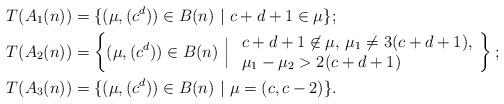
LaTeX: \begin{align*} &T(A_1(n))=\{(\mu,(c^d))\in B(n) \ | \ c+d+1\in \mu\};\\ &T(A_2(n))=\left\{(\mu,(c^d))\in B(n) \ \Big | \ \begin{array}{ll}c+d+1\not \in\mu, \, \mu_1\neq 3(c+d+1), \\ \mu_1-\mu_2 >2(c+d+1)\end{array}\right\};\\ &T(A_3(n))=\{(\mu,(c^d))\in B(n) \ | \ \mu=(c,c-2)\}.\end{align*}